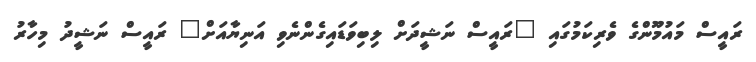
ރައީސް މައުމޫންގެ ވެރިކަމުގައި "ރައީސް ނަޝީދަށް ލިބިވަޑައިގެންނެވި އަނިޔާއަށް" ރައީސް ނަޝީދު މިހާރު